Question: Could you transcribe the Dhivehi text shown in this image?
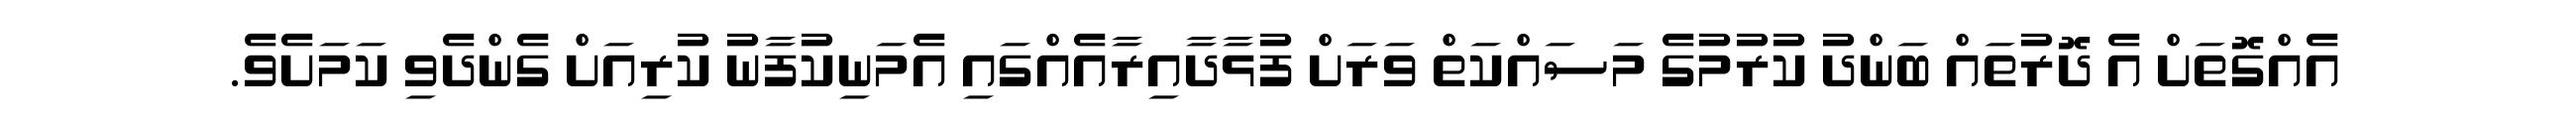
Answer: އެއްގޮތަށް އެ ދޮރުތައް ބަންދު ކުރުމުގެ މަސައްކަތް ވަރަށް ފުޅާދާއިރާއެއްގައި އެމަނިކުފާނު ކުރިއަށް ގެންދެވި ކަމަށެވެ.